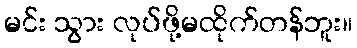
မင်း သွား လုပ်ဖို့မထိုက်တန်ဘူး။